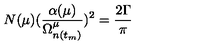
N ( \mu ) ( \frac { \alpha ( \mu ) } { \Omega _ { n ( t _ { m } ) } ^ { \mu } } ) ^ { 2 } = \frac { 2 \Gamma } { \pi }